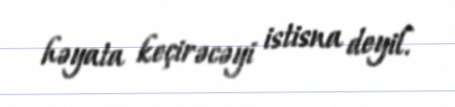
həyata keçirəcəyi istisna deyil.